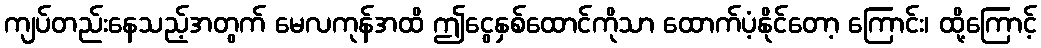
ကျပ်တည်းနေသည့်အတွက် မေလကုန်အထိ ဤငွေနှစ်ထောင်ကိုသာ ထောက်ပံ့နိုင်တော့ ကြောင်း၊ ထို့ကြောင့်